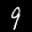
Label: 9